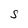
Character: S